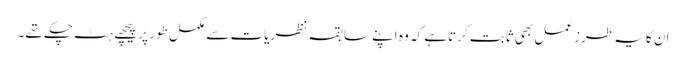
ان کا یہ طرزعمل بھی ثابت کرتاہے کہ وہ اپنے سابقہ نظریات سے مکمل طور پر پیچھے ہٹ چکے تھے۔